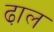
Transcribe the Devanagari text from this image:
ढा़ल